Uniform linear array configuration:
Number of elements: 8
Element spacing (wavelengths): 0.5
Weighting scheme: hamming
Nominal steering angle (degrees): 60
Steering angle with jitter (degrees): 59.44
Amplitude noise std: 0.05
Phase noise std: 0.05

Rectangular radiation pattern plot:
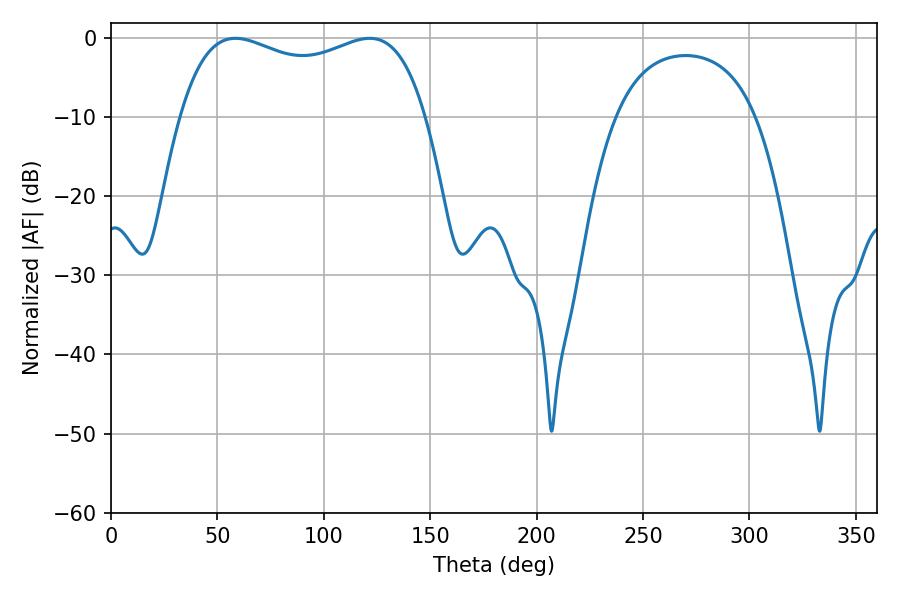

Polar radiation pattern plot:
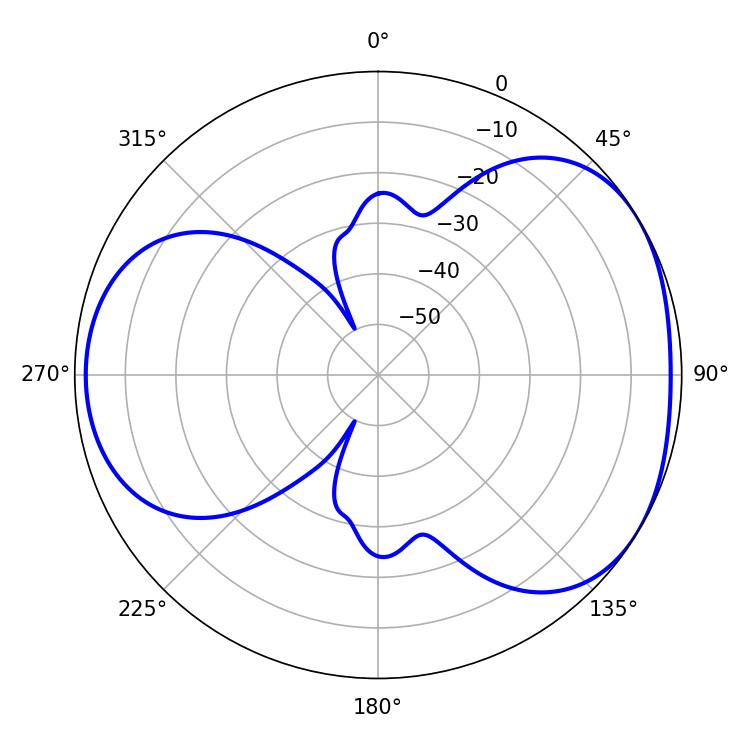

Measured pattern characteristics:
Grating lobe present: FALSE
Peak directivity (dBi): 4.142
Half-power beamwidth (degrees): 94.68
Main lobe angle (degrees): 58.5